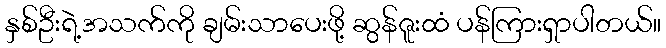
နှစ်ဦးရဲ့အသက်ကို ချမ်းသာပေးဖို့ ဆွန်ဇူးထံ ပန်ကြားရှာပါတယ်။